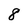
Character: 8